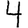
Digit: 4